Civil Veterinary Dept. Bombay admin report 1893-99 - 1893-1899
Year: 1893
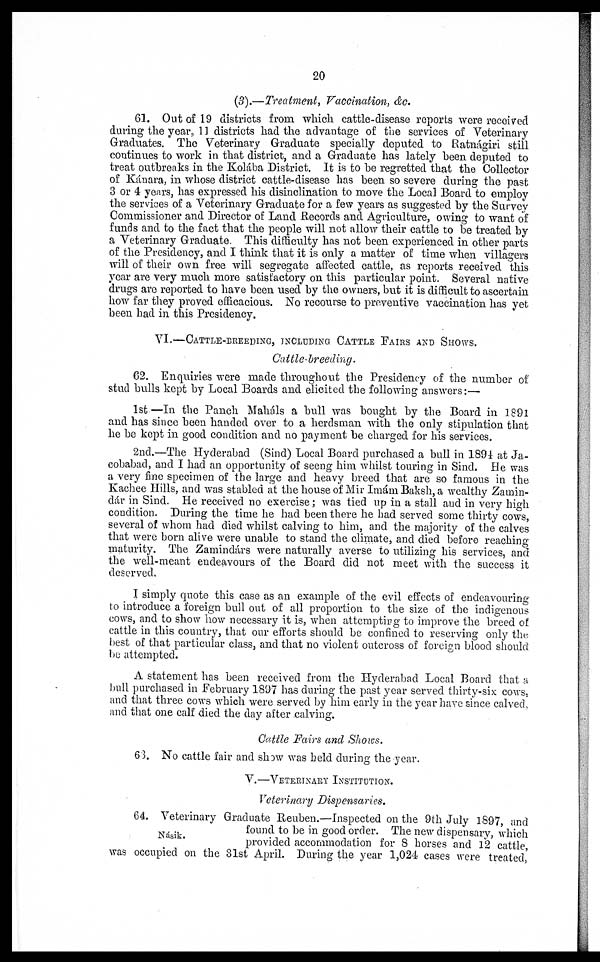
20
(3).—Treatment, Vaccination, &c.
61. Out of 19 districts from which cattle-disease reports were received
during the year, 11 districts had the advantage of the services of Veterinary
Graduates. The Veterinary Graduate specially deputed to Ratnágiri still
continues to work in that district, and a Graduate has lately been deputed to
treat outbreaks in the Kolába District. It is to be regretted that the Collector
of Kánara, in whose district cattle-disease has been so severe during the past
3 or 4 years, has expressed his disinclination to move the Local Board to employ
the services of a Veterinary Graduate for a few years as suggested by the Survey
Commissioner and Director of Land Records and Agriculture, owing to want of
funds and to the fact that the people will not allow their cattle to be treated by
a Veterinary Graduate. This difficulty has not been experienced in other parts
of the Presidency, and I think that it is only a matter of time when villagers
will of their own free will segregate affected cattle, as reports received this
year are very much more satisfactory on this particular point. Several native
drugs are reported to have been used by the owners, but it is difficult to ascertain
how far they proved efficacious. No recourse to preventive vaccination has yet
been had in this Presidency.
VI.—CATTLE-BREEDING, INCLUDING CATTLE FAIRS AND SHO
Cattle-breeding.
62. Enquiries were made throughout the Presidency of the number of
stud bulls kept by Local Boards and elicited the following answers:—
1st—In the Panch Maháls a bull was bought by the Board in 1891
and has since been handed over to a herdsman with the only stipulation that
he be kept in good condition and no payment he charged for his services.
2nd.—The Hyderabad (Sind) Local Board purchased a bull in 1894 at Ja-
cobabad, and I had an opportunity of seeng him whilst touring in Sind, He was
a very fine specimen of the large and heavy breed that are so famous in the
Kachee Hills, and was stabled at the house of Mir Imám Baksh, a wealthy Zamin-
dár in Sind. He received no exercise; was tied up in a stall and in very high
condition. During the time he had been there he had served some thirty cows,
several of whom had died whilst calving to him, and the majority of the calves
that were born alive were unable to stand the climate, and died before reaching
maturity. The Zamindárs were naturally averse to utilizing his services, and
the well-meant endeavours of the Board did not meet with the success it
deserved.
I simply quote this case as an example of the evil effects of endeavouring
to introduce a foreign bull out of all proportion to the size of the indigenous
cows, and to show how necessary it is, when attempting to improve the breed of
cattle in this country, that our efforts should be confined to reserving only the
best of that particular class, and that no violent outcross of foreign blood should
be attempted.
A statement has been received from the Hyderabad Local Board that a
bull purchased in February 1897 has during the past year served thirty-six cows,
and that three cows which were served by him early in the year have since calved,
and that one calf died the day after calving.
Cattle Fairs and Shows.
63. No cattle fair and show was held during the year.
V.—VETERINARY INSTITUTION.
Veterinary Dispensaries.
Násik.
64. Veterinary Graduate Reuben.—Inspected on the 9th July 1897, and
found to be in good order. The new dispensary, which
provided accommodation for 8 horses and 12 cattle,
was occupied on the 31st April. During the year 1,024 cases were treated,